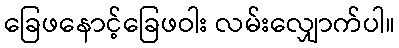
ခြေဖနောင့်ခြေဖဝါး လမ်းလျှောက်ပါ။